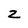
Character: z